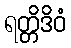
ရတ္တိဒိဝံ